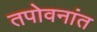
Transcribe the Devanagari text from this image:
तपोवनांत